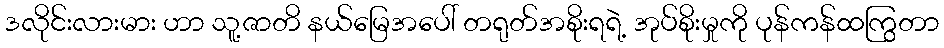
ဒလိုင်းလားမား ဟာ သူ့ဇာတိ နယ်မြေအပေါ် တရုတ်အစိုးရရဲ့ အုပ်စိုးမှုကို ပုန်ကန်ထကြွတာ